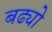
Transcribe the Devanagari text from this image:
बढ्यो